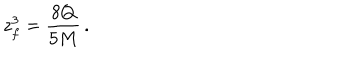
z _ { f } ^ { 3 } = { \frac { 8 Q } { 5 M } } \, .